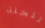
للجنة